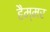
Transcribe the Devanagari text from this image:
हैम्मर